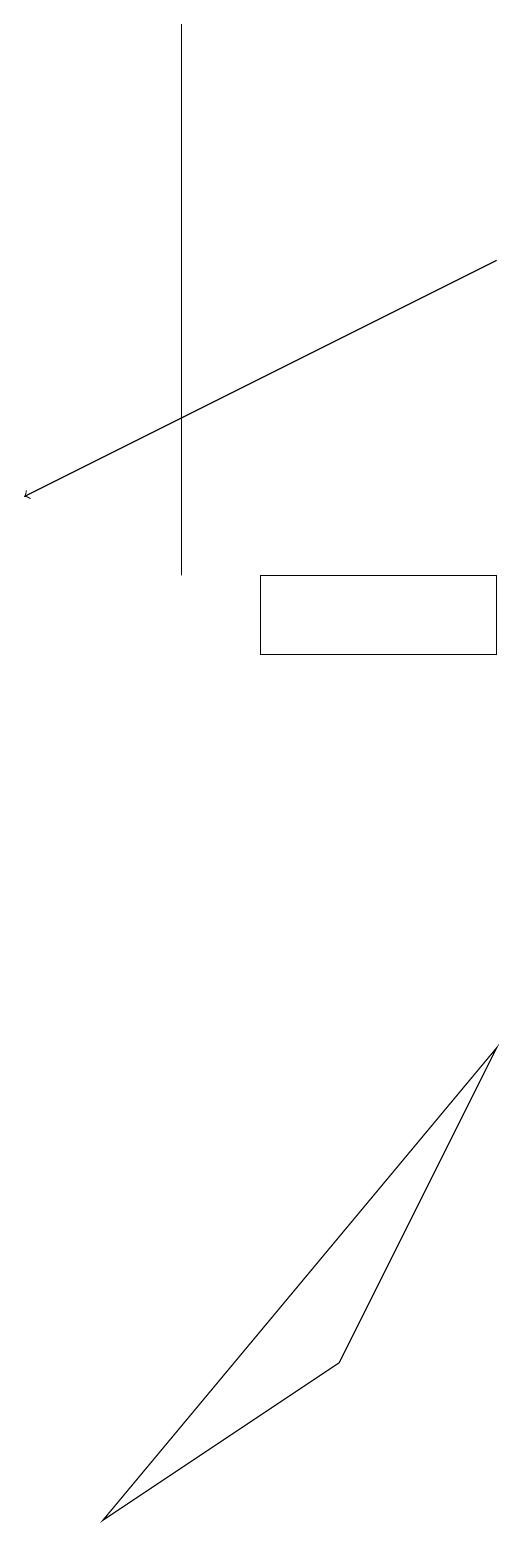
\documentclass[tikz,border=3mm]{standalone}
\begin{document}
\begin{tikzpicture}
\draw (8,6) -- (6,2) -- (3,0) -- cycle;
\draw (8,11) rectangle (5,12);
\draw[->] (8,16) -- (2,13);
\draw (4,12) rectangle (4,19);
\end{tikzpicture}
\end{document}